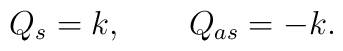
Q_s= k, \qquad Q_{as}= -k.